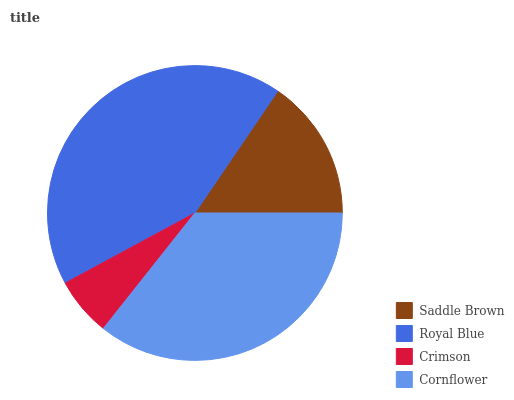
| Saddle Brown | Royal Blue | Crimson | Cornflower |
 | --- | --- | --- | --- |
 | 15.5% | 42.4% | 6.45% | 35.7% |